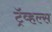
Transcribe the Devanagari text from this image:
ट्रॅव्हल्स